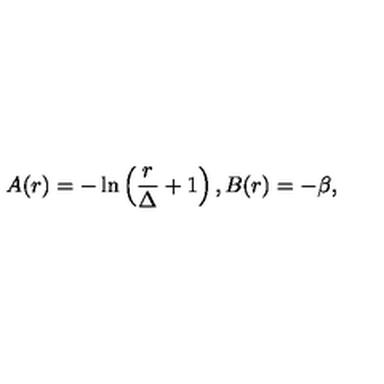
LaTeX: A ( r ) = - \ln \left( { \frac { r } { \Delta } } + 1 \right) , B ( r ) = - \beta ,